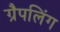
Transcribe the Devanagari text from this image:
ग्रैपलिंग